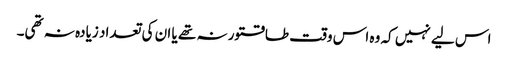
اس لیے نہیں کہ وہ اس وقت طاقتور نہ تھے یا ان کی تعداد زیادہ نہ تھی۔